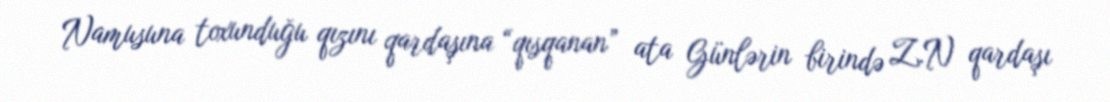
Namusuna toxunduğu qızını qardaşına “qısqanan” ata Günlərin birində Z.N qardaşı